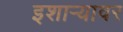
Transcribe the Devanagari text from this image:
इशार्‍यावर